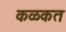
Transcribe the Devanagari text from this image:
कळकत